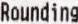
ROUNDING